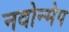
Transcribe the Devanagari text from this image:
नवोन्मेप